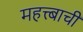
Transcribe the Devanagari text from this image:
महत्त्बाची